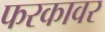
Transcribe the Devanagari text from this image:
फरकावर